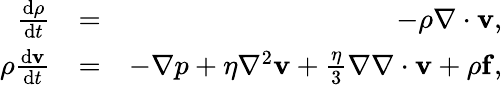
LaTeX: \begin{array}{rlr}{\frac{{\mathrm{d}}\rho}{{\mathrm{d}}t}}&{=}&{-\rho\nabla\cdot\mathbf{v},}\\ {\rho\frac{{\mathrm{d}}\mathbf{v}}{{\mathrm{d}}t}}&{=}&{-\nabla p+\eta\nabla^{2}\mathbf{v}+\frac{\eta}{3}\nabla\nabla\cdot\mathbf{v}+\rho\mathbf{f},}\end{array}